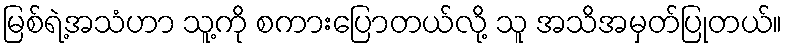
မြစ်ရဲ့အသံဟာ သူ့ကို စကားပြောတယ်လို့ သူ အသိအမှတ်ပြုတယ်။